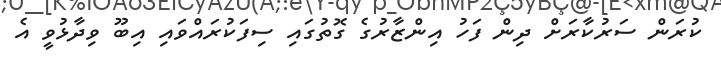
ކުރަން ސަރުކާރަށް ދިން ފަހު އިންޒާރުގެ ގޮތުގައި ސިފަކުރައްވައި އިބޫ ވިދާޅުވީ އެ